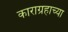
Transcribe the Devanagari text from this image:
काराग्रहाच्या